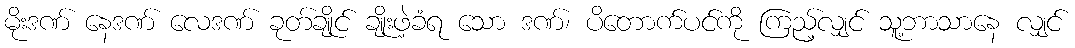
မိုးဒဏ် နေဒဏ် လေဒဏ် ခုတ်ချိုင် ချိုးဖဲ့ခံရ သော ဒဏ်၊ ပိတောက်ပင်ကို ကြည့်လျှင် သူ့ဘာသာနေ လျှင်